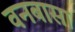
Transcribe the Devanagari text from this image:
वनबासा